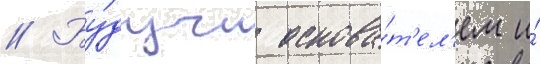
// Бу́дучи основа́т'ел'ем и́